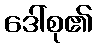
ဒေါ်စု၏